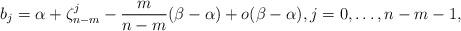
LaTeX: \begin{align*} b_j = \alpha + \zeta_{n-m}^j - \frac{m}{n-m} (\beta-\alpha) + o(\beta-\alpha), j=0,\ldots,n-m-1,\end{align*}